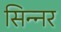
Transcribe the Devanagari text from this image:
सिन्‍नर